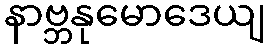
နာဗ္ဘနုမောဒေယျ